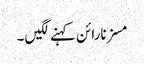
مسز نارائن کہنے لگیں۔